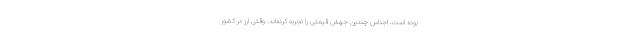
بوده است، اجناس چندین جهش قیمتی را تجربه کرده‌اند. وقتی ارز در کشور